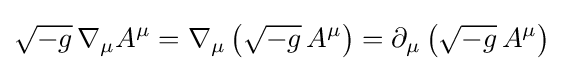
{\sqrt {-g}}\,\nabla _{\mu }A^{\mu }=\nabla _{\mu }\left({\sqrt {-g}}\,A^{\mu }\right)=\partial _{\mu }\left({\sqrt {-g}}\,A^{\mu }\right)